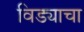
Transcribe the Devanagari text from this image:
विड्याचा